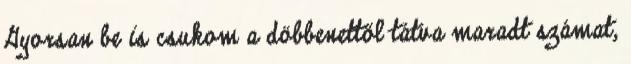
Gyorsan be is csukom a döbbenettől tátva maradt számat,